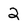
Character: 2